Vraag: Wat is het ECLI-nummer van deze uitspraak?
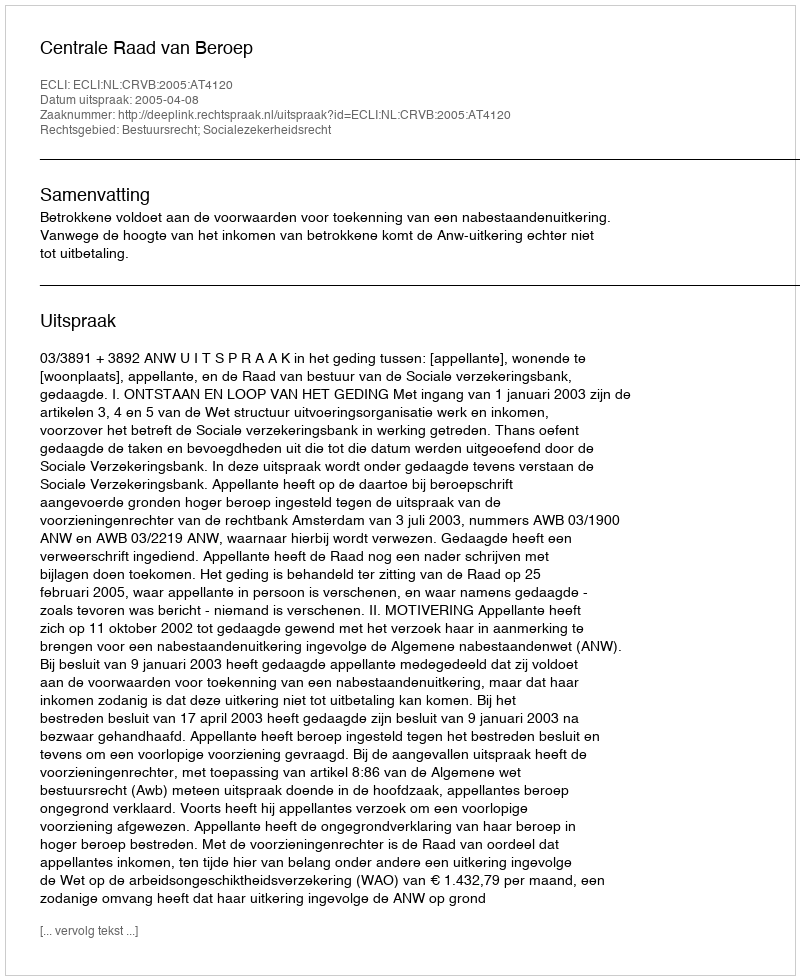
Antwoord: ECLI:NL:CRVB:2005:AT4120